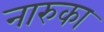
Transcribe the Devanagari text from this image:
नारुका